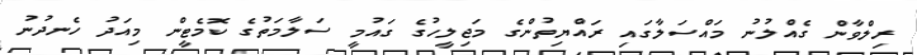
ރިލްވާން ގެއްލުނު މައްސަލާގައި ރައްޔިތުންގެ މަޖިލީހުގެ ގައުމީ ސަލާމަތުގެ ކޮމެޓީން މިއަދު ހެނދުނު